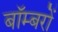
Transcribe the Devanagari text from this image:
बाॅम्बरों